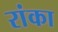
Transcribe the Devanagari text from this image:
रांका